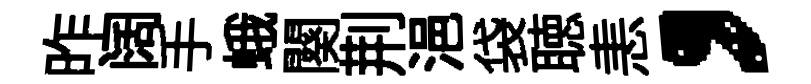
昨阔手蛾闋荆浥袋聴恚，